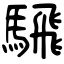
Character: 騛